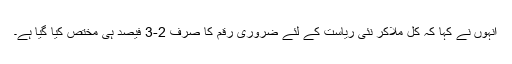
انہوں نے کہا کہ کل ملاکر نئی ریاست کے لئے ضروری رقم کا صرف 2-3 فیصد ہی مختص کیا گیا ہے۔